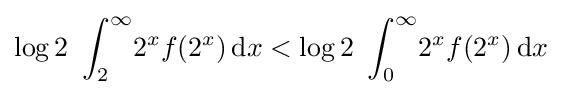
\displaystyle \log 2\ \int _{2}^{\infty }\!2^{x}f(2^{x})\,\mathrm {d} x<\log 2\ \int _{0}^{\infty }\!2^{x}f(2^{x})\,\mathrm {d} x